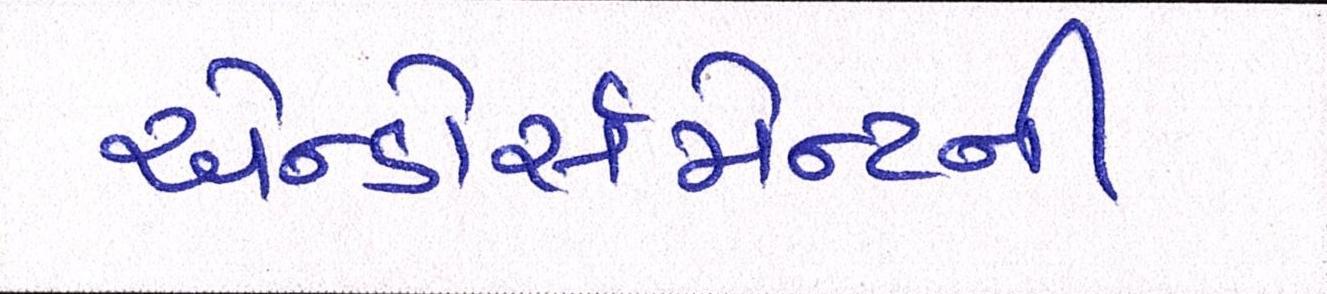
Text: એન્ડોર્સમેન્ટની